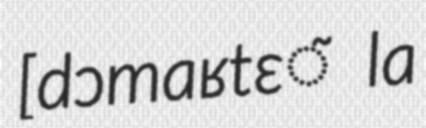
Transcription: ​[dɔmaʁtɛ̃ la